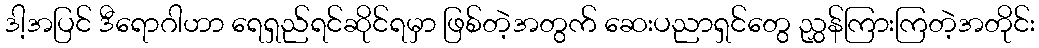
ဒါ့အပြင် ဒီရောဂါဟာ ရေရှည်ရင်ဆိုင်ရမှာ ဖြစ်တဲ့အတွက် ဆေးပညာရှင်တွေ ညွှန်ကြားကြတဲ့အတိုင်း